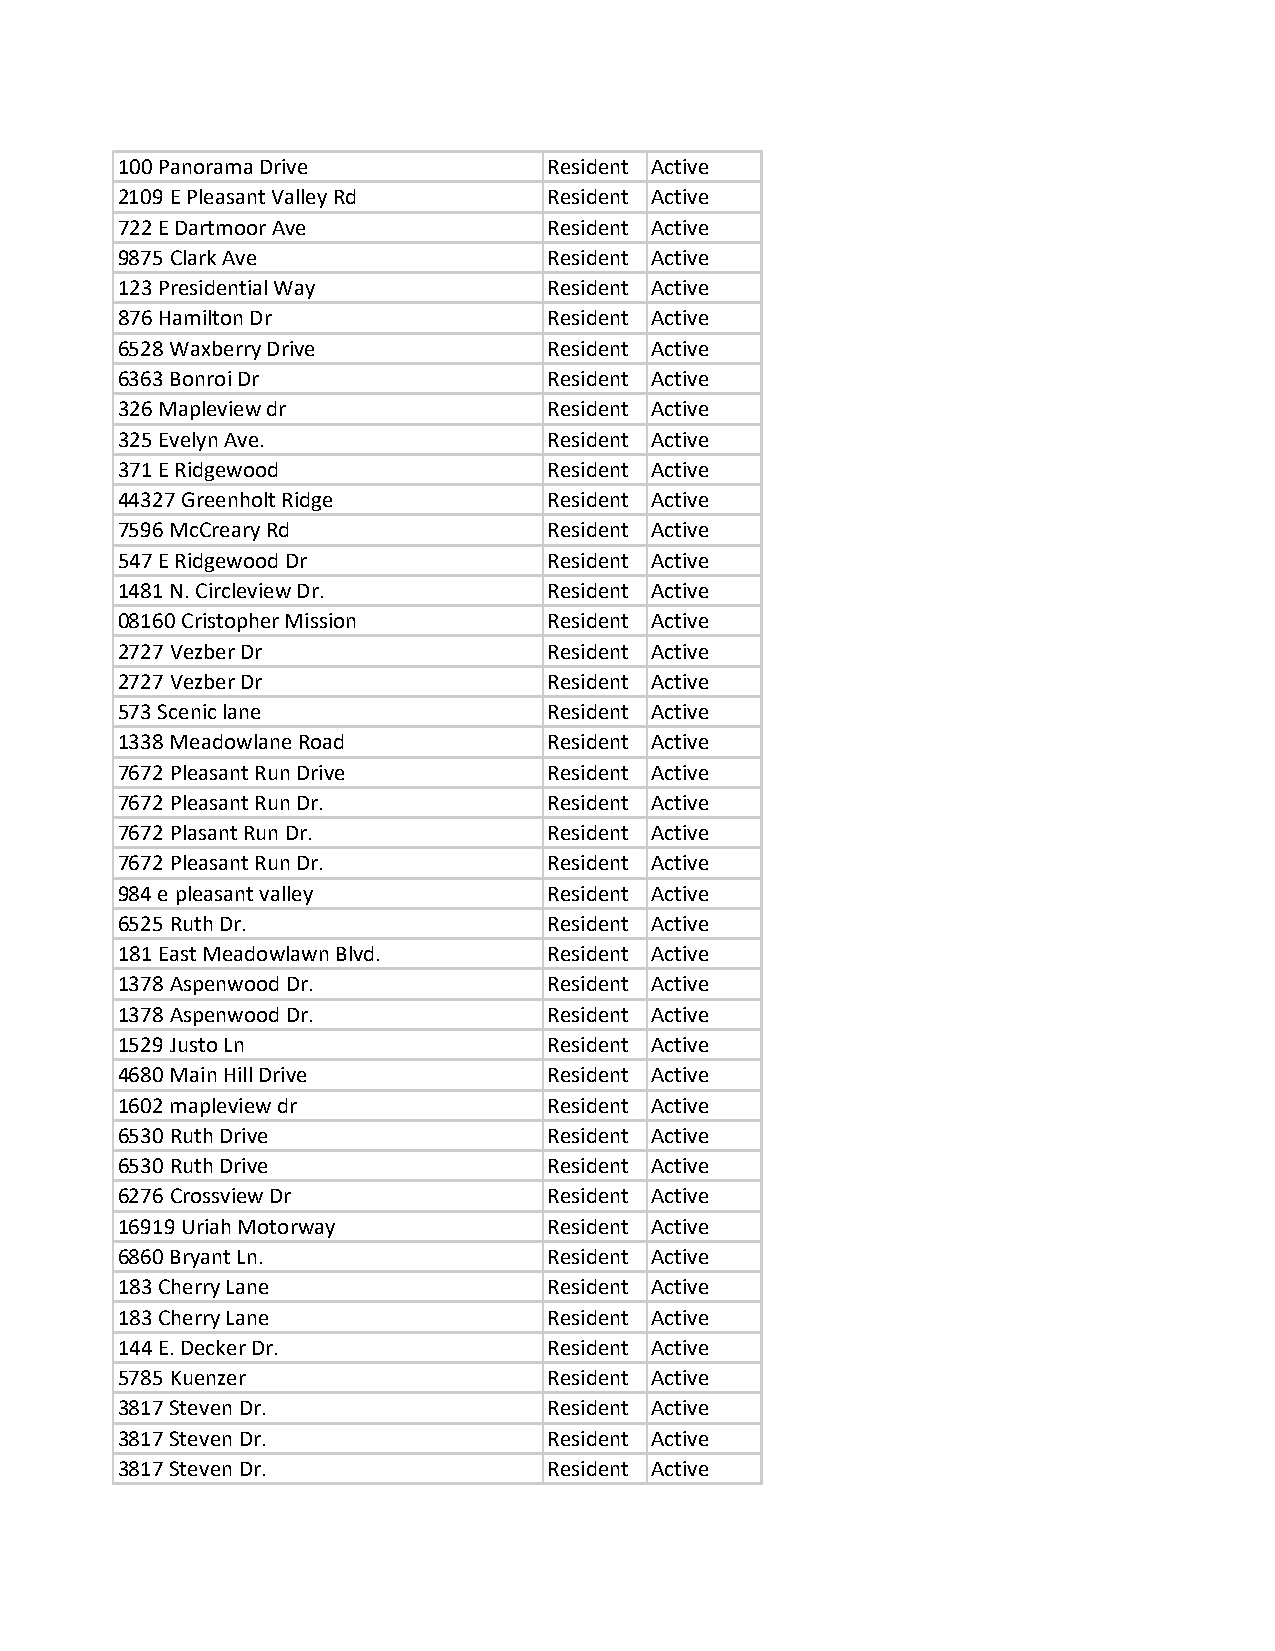
100 Panorama Drive          Resident Active
 2109 E Pleasant Valley Rd   Resident Active
 722 E Dartmoor Ave          Resident Active
 9875 Clark Ave              Resident Active
 123 Presidential Way        Resident Active
 876 Hamilton Dr             Resident Active
 6528 Waxberry Drive         Resident Active
 6363 Bonroi Dr              Resident Active
 326 Mapleview dr            Resident Active
 325 Evelyn Ave.             Resident Active
 371 E Ridgewood             Resident Active
 44327 Greenholt Ridge       Resident Active
 7596 McCreary Rd            Resident Active
 547 E Ridgewood Dr          Resident Active
 1481 N. Circleview Dr.      Resident Active
 08160 Cristopher Mission    Resident Active
 2727 Vezber Dr              Resident Active
 2727 Vezber Dr              Resident Active
 573 Scenic lane             Resident Active
 1338 Meadowlane Road        Resident Active
 7672 Pleasant Run Drive     Resident Active
 7672 Pleasant Run Dr.       Resident Active
 7672 Plasant Run Dr.        Resident Active
 7672 Pleasant Run Dr.       Resident Active
 984 e pleasant valley       Resident Active
 6525 Ruth Dr.               Resident Active
 181 East Meadowlawn Blvd.   Resident Active
 1378 Aspenwood Dr.          Resident Active
 1378 Aspenwood Dr.          Resident Active
 1529 Justo Ln               Resident Active
 4680 Main Hill Drive        Resident Active
 1602 mapleview dr           Resident Active
 6530 Ruth Drive             Resident Active
 6530 Ruth Drive             Resident Active
 6276 Crossview Dr           Resident Active
 16919 Uriah Motorway        Resident Active
 6860 Bryant Ln.             Resident Active
 183 Cherry Lane             Resident Active
 183 Cherry Lane             Resident Active
 144 E. Decker Dr.           Resident Active
 5785 Kuenzer                Resident Active
 3817 Steven Dr.             Resident Active
 3817 Steven Dr.             Resident Active
 3817 Steven Dr.             Resident Active